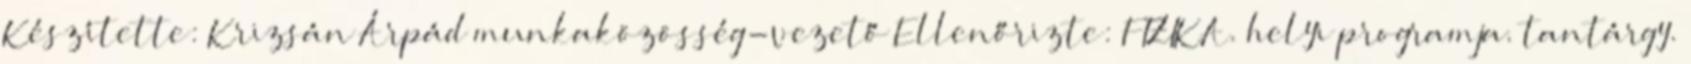
Készítette: Krizsán Árpád munkaközösség-vezető Ellenőrizte: FIZIKA. helyi programja. tantárgy.